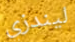
ليندزي